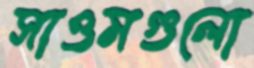
সাওমগুলো